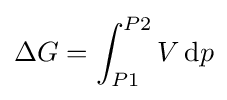
\Delta G=\int _{P1}^{P2}V\,\mathrm {d} p